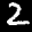
Label: 2